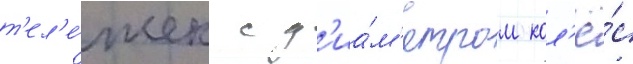
т'ел'е́жек с д'иа́м'етром кол'ё́с